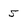
Character: 5